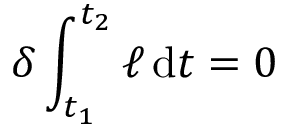
\delta \int _ { t _ { 1 } } ^ { t _ { 2 } } \ell \, \mathrm { d } t = 0